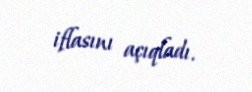
iflasını açıqladı.